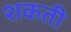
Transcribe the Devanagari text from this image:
शकती